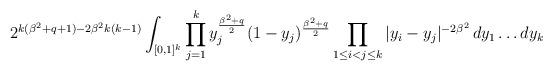
LaTeX: \begin{align*} 2^{k(\beta^{2}+q+1)-2\beta^{2}k(k-1)}\int_{[0,1]^{k}}\prod_{j=1}^{k}y_{j}^{\frac{\beta^{2}+q}{2}}(1-y_{j})^{\frac{\beta^{2}+q}{2}}\prod_{1 \leq i < j \leq k}|y_{i}-y_{j}|^{-2\beta^{2}}\,dy_{1}\ldots dy_{k}\end{align*}